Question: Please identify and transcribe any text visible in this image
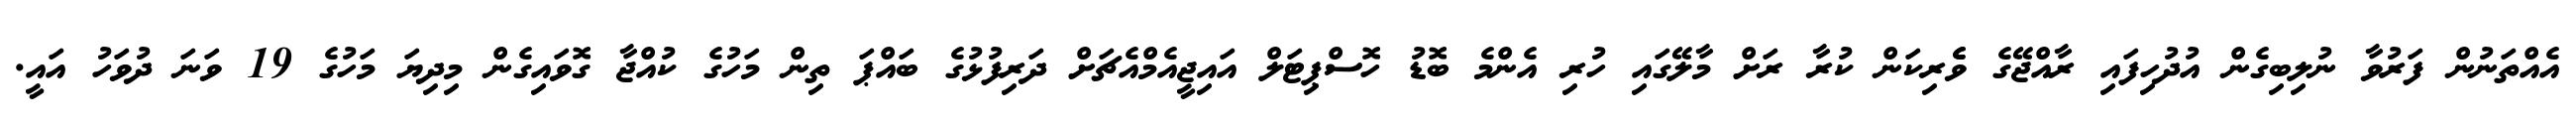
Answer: އެއްތަނުން ފަރުވާ ނުލިބިގެން އުދުހިފައި ރާއްޖޭގެ ވެެރިކަން ކުރާ ރަށް މާލޭގައި ހުރި އެންމެ ބޮޑު ހޮސްޕިޓަލް އައިޖީއެމްއެޗަށް ދަރިފުޅުގެ ބައްޕަ ތިން މަހުގެ ކުއްޖާ ގޮވައިގެން މިދިޔަ މަހުގެ 19 ވަނަ ދުވަހު އައީ.